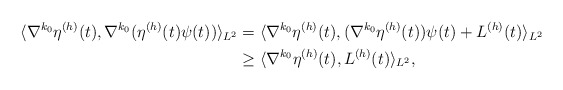
\begin{align*}\langle \nabla^{k_0} \eta^{(h)}(t), \nabla^{k_0} (\eta^{(h)}(t)\psi(t))\rangle_{L^2} & = \langle \nabla^{k_0} \eta^{(h)}(t), (\nabla^{k_0} \eta^{(h)}(t))\psi(t) + L^{(h)}(t)\rangle_{L^2} \\ & \ge \langle \nabla^{k_0} \eta^{(h)}(t), L^{(h)}(t)\rangle_{L^2}, \end{align*}